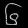
Digit: ၆